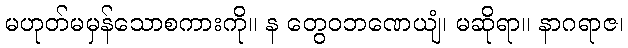
မဟုတ်မမှန်သောစကားကို။ န တွေဝဘဏေယျံ၊ မဆိုရာ။ နာဂရာဇ၊